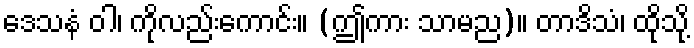
ဒေသနံ ဝါ၊ ကိုလည်းကောင်း။ (ဤကား သာမည)။ တာဒိသံ၊ ထိုသို့